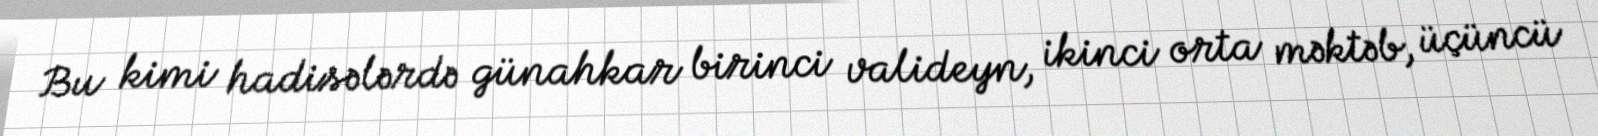
Bu kimi hadisələrdə günahkar birinci valideyn, ikinci orta məktəb, üçüncü